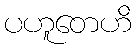
ပဟူတေဟိ